Civil Veterinary Department. United Provinces 1923-31 - 1923-1931
Year: 1923
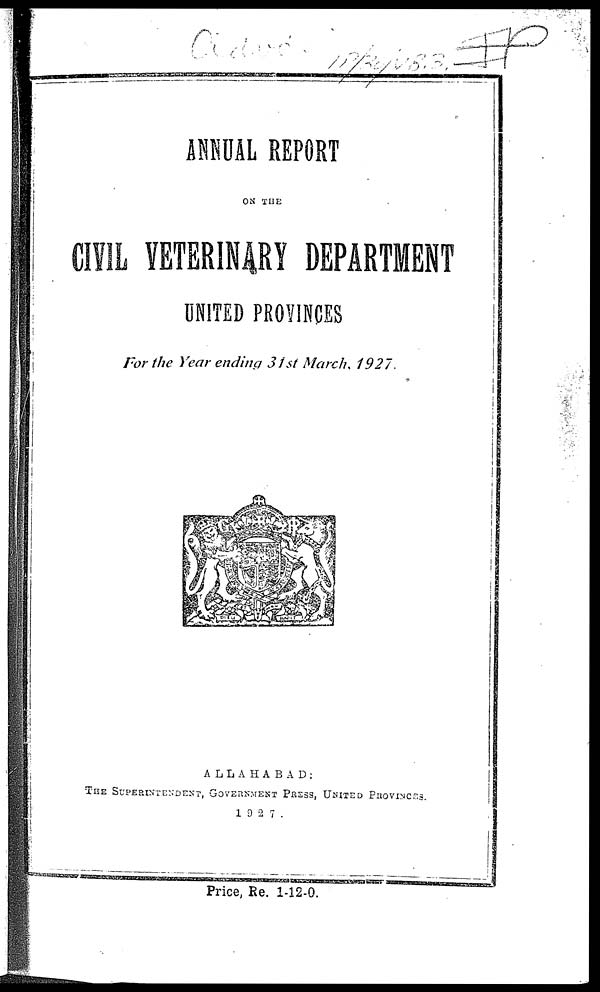
ANNUAL REPORT
ON THE
CIVIL VETERINARY DEPARTMENT
UNITED PROVINCES
For the Year ending 31st March, 1927.
ALLAHABAD:
THE SUPERINTENDENT, GOVERNMENT PRESS, UNITED PROVINCES.
1927 .
Price, Re. 1-12-0.